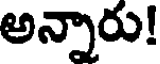
అన్నారు!